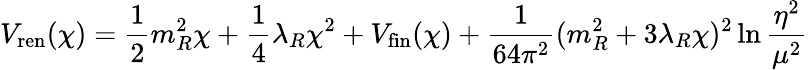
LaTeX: V_{\mathrm{ren}}(\chi)=\frac{1}{2}m_{R}^{2}\chi+\frac{1}{4}\lambda_{R}\chi^{2}+V_{\mathrm{fin}}(\chi)+\frac{1}{64\pi^{2}}(m_{R}^{2}+3\lambda_{R}\chi)^{2}\ln{\frac{\eta^{2}}{\mu^{2}}}